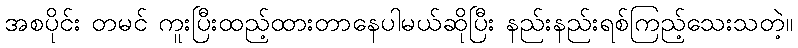
အစပိုင်း တမင် ကူးပြီးထည့်ထားတာနေပါမယ်ဆိုပြီး နည်းနည်းရစ်ကြည့်သေးသတဲ့။